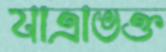
যাত্রাভক্ত